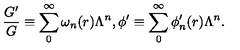
\frac { G ^ { \prime } } { G } \equiv \sum _ { 0 } ^ { \infty } \omega _ { n } ( r ) \Lambda ^ { n } , \phi ^ { \prime } \equiv \sum _ { 0 } ^ { \infty } \phi _ { n } ^ { \prime } ( r ) \Lambda ^ { n } .